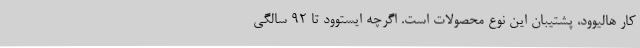
کار هالیوود، پشتیبان این نوع محصولات است. اگرچه ایستوود تا ۹۲ سالگی